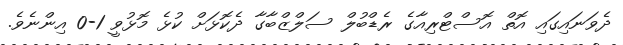
ދެވަނައިގައި އޮތް އޮސްޓްރިއާގެ ރެޑްބުލް ސަލްޒްބާގާ ދެކޮޅަށް ކުޅެ މޮޅުވީ 1-0 އިންނެވެ.